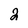
Character: 2